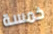
خمسة